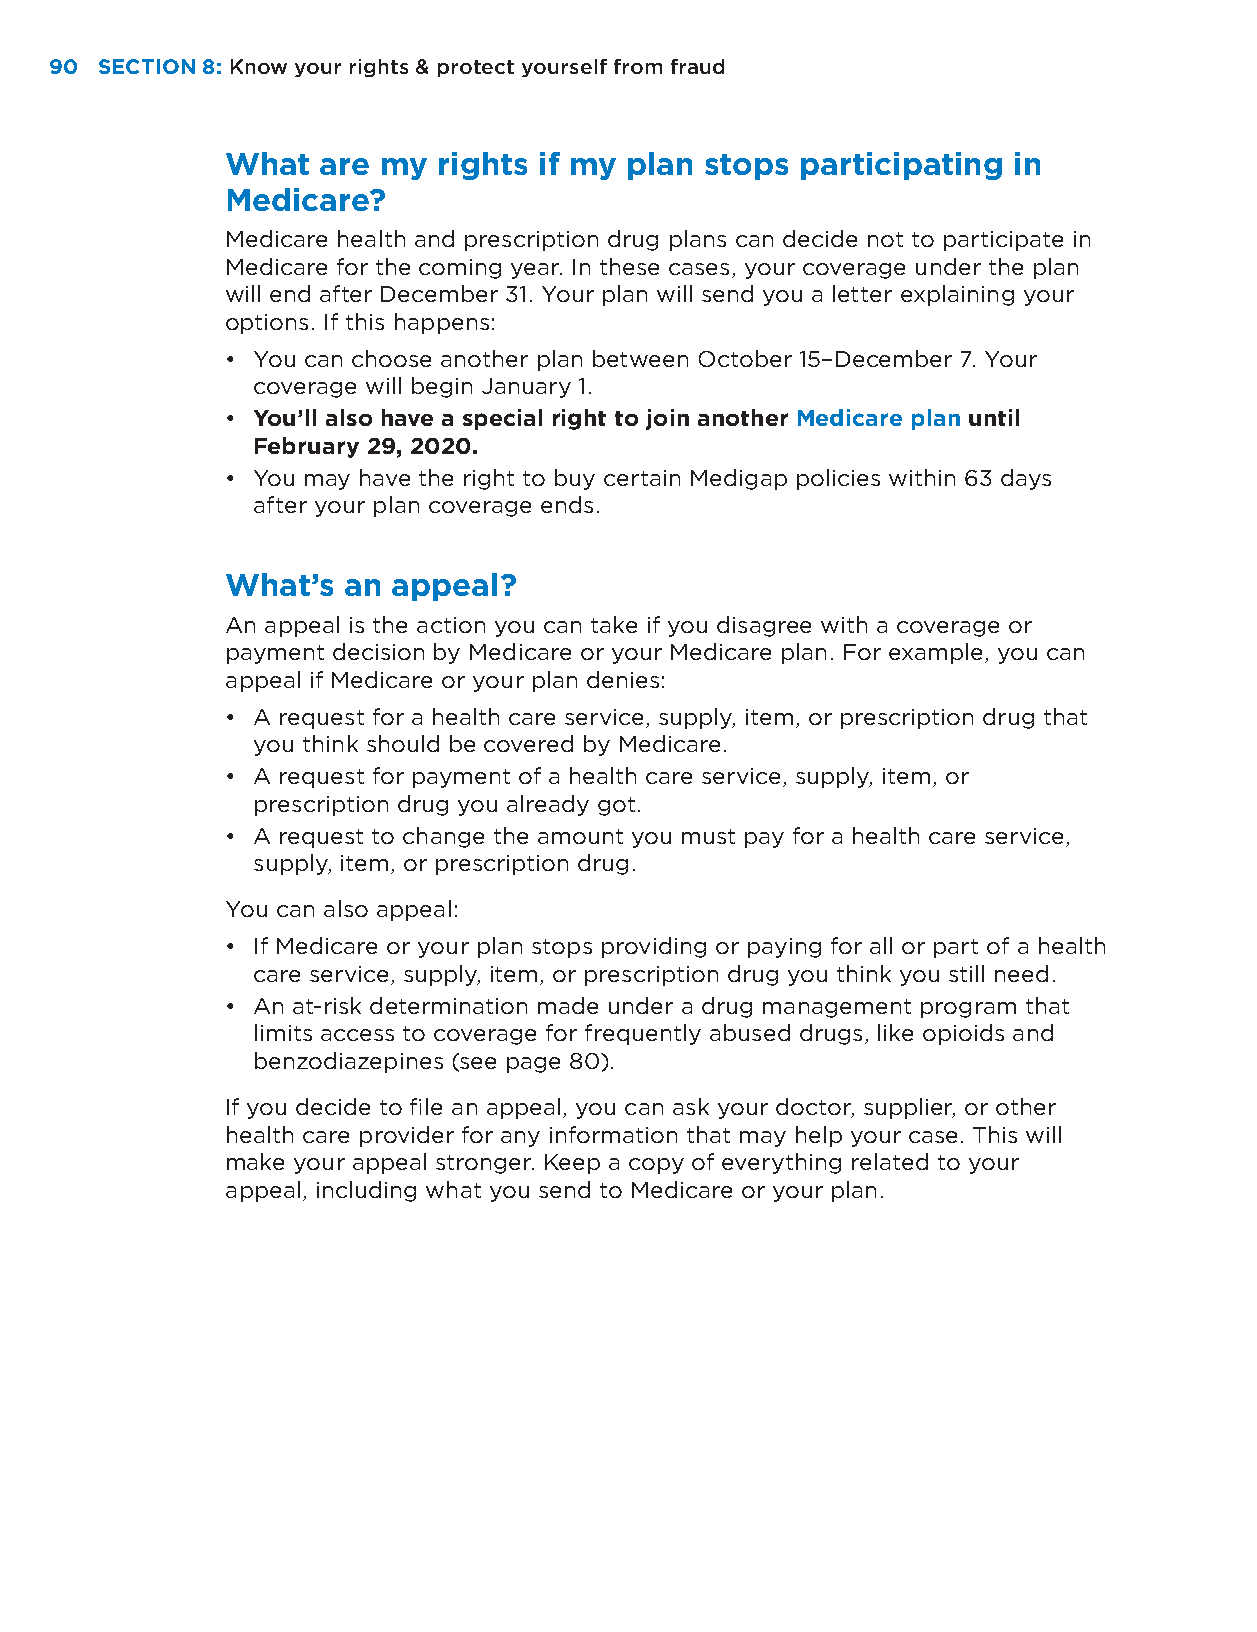
90 SECTION 8: Know your rights & protect yourself from fraud
 What  are my  rights if my plan stops participating in
 Medicare?
 Medicare health and prescription drug plans can decide not to participate in
 Medicare for the coming year. In these cases, your coverage under the plan
 will end after December 31. Your plan will send you a letter explaining your
 options. If this happens:
 • You can choose another plan between October 15–December 7. Your
 coverage will begin January 1.
 • You’ll also have a special right to join another Medicare plan until
 February 29, 2020.
 • You may have the right to buy certain Medigap policies within 63 days
 after your plan coverage ends.
 What’s  an appeal?
 An appeal is the action you can take if you disagree with a coverage or
 payment decision by Medicare or your Medicare plan. For example, you can
 appeal if Medicare or your plan denies:
 • A request for a health care service, supply, item, or prescription drug that
 you think should be covered by Medicare.
 • A request for payment of a health care service, supply, item, or
 prescription drug you already got.
 • A request to change the amount you must pay for a health care service,
 supply, item, or prescription drug.
 You can also appeal:
 • If Medicare or your plan stops providing or paying for all or part of a health
 care service, supply, item, or prescription drug you think you still need.
 • An at-risk determination made under a drug management program that
 limits access to coverage for frequently abused drugs, like opioids and
 benzodiazepines (see page 80).
 If you decide to file an appeal, you can ask your doctor, supplier, or other
 health care provider for any information that may help your case. This will
 make your appeal stronger. Keep a copy of everything related to your
 appeal, including what you send to Medicare or your plan.